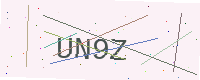
Text: UN9Z